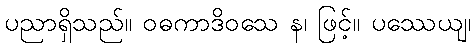
ပညာရှိသည်။ ဝဓကာဒိဝသေ န၊ ဖြင့်။ ပဿေယျ၊